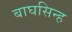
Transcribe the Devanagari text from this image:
बाघसिन्ह